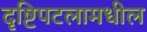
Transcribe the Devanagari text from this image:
दृष्टिपटलामधील